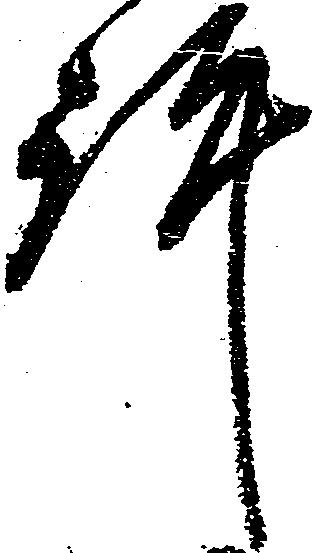
許